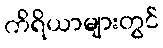
ကိရိယာများတွင်